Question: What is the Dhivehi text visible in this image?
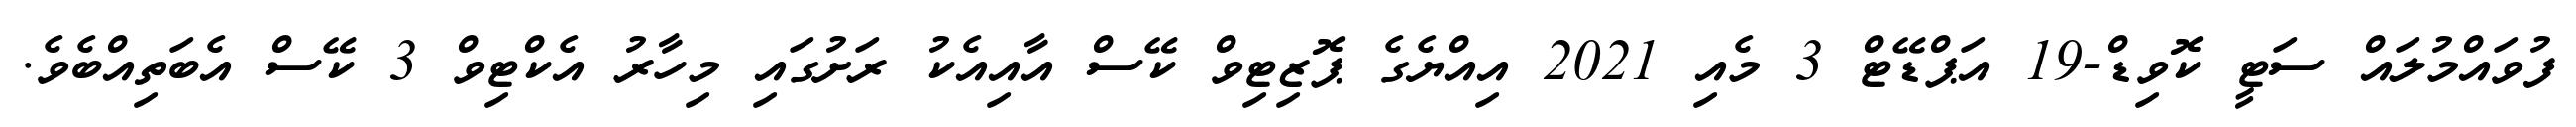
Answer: ފުވައްމުލައް ސަޓީ ކޮވިޑް-19 އަޕްޑޭޓް 3 މެއި 2021 އިއްޔެގެ ޕޮޒިޓިވް ކޭސް އާއިއެކު ރަށުގައި މިހާރު އެކްޓިވް 3 ކޭސް އެބަތިއްބެވެ.